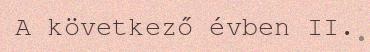
A következő évben II.